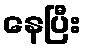
နေပြီး